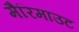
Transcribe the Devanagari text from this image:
मैरिमाउट